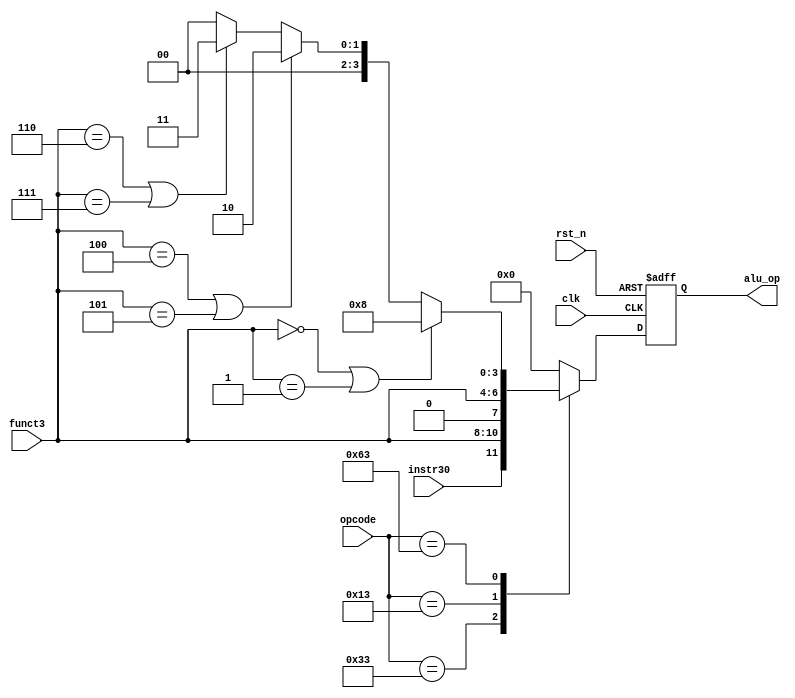
`timescale 1ns / 1ps
//////////////////////////////////////////////////////////////////////////////////
// Company: 
// Engineer: 
// 
// Design Name: 
// Module Name: alu_ctrl
// Project Name: 
// Target Devices: 
// Tool Versions: 
// Description: 
// 
// Dependencies: 
// 
// Revision:
// Revision 0.01 - File Created
// Additional Comments:
// 
//////////////////////////////////////////////////////////////////////////////////


module alu_ctrl(
    clk,
    rst_n,
    opcode,    
    funct3,
    instr30,
    alu_op
);

input                   clk;
input                   rst_n;
input   wire    [6:0]   opcode;
input   wire    [2:0]   funct3;
input   wire            instr30;
output  reg     [3:0]   alu_op;

reg             [3:0]   alu_op_tmp;          


always @(posedge clk or negedge rst_n) begin
    if(!rst_n)
        alu_op <= 4'd0;
    else
        alu_op <= alu_op_tmp;
end

always @(*) begin
    case(opcode)
        7'b0110011:                                         //Rtype
            alu_op_tmp = {instr30,funct3};
        7'b0010011:
            alu_op_tmp = {{1'b0},funct3};                  //Itype
        7'b0110111:                                         //LUI
            alu_op_tmp = 4'b0000;
        7'b0010111:                                         //AUIPC
            alu_op_tmp = 4'b0000;
        7'b0110111:                                         //JAL
            alu_op_tmp = 4'b0000;
        7'b1100111:                                         //JALR
            alu_op_tmp = 4'b0000;
        7'b1100011:                                         //Branch
            if(funct3 == 3'b000 | funct3 == 3'b001)         //BEQ,BNE
                alu_op_tmp = 4'b1000;
            else if(funct3 == 3'b100 | funct3 == 3'b101)    //BLT,BGE
                alu_op_tmp = 4'b0010;
            else if(funct3 == 3'b110 | funct3 == 3'b111)    //BLTU,BGEU
                alu_op_tmp = 4'b0011;
            else
                alu_op_tmp = 4'b0000;
        7'b0000011:                                         //LOAD
            alu_op_tmp = 4'b0000;
        7'b0100011:                                         //SAVE
            alu_op_tmp = 4'b0000;
        7'b0001111:                                         //FENCE
            alu_op_tmp = 4'b0000;
        7'b1110011:                                         //EBREAK,ECALL
            alu_op_tmp = 4'b0000;
        default:
            alu_op_tmp = 4'b0000;
    endcase 
end


endmodule